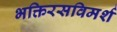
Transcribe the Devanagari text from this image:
भक्तिरसविमर्श